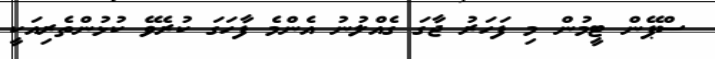
ސްޕޭން ޓީމުން މި ފަހަރު ޖާގަ ގެއްލުނު އެންމެ ފާހަަގަ ކުރެވޭ ކުޅުންތެރިއަކީ